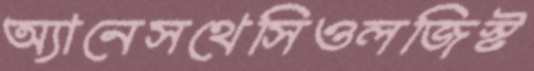
অ্যানেসথেসিওলজিস্ট